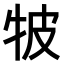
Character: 𤙎